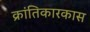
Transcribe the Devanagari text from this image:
क्रांतिकारकास